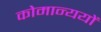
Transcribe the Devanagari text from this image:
कोमान्ययों